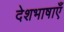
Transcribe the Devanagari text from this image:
देशभाषाएँ